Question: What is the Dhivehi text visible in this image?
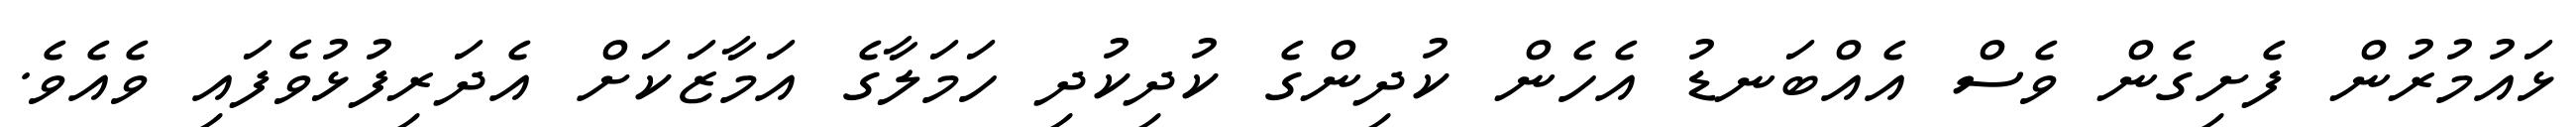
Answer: ޅައުމުރުން ފެށިގެން ވެސް އެއްބަނޑު އެހެން ކުދިންގެ ކުދިކުދި ހަމަލާގެ އަމާޒަކަށް އެދަރިފުޅުވެފައި ވެއެވެ.